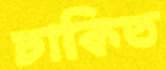
ঢাকিত